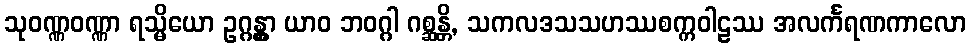
သုဝဏ္ဏဝဏ္ဏာ ရသ္မိယော ဥဂ္ဂန္တွာ ယာဝ ဘဝဂ္ဂါ ဂစ္ဆန္တိ, သကလဒသသဟဿစက္ကဝါဠဿ အလင်္ကရဏကာလော